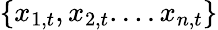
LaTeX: \{ x_{1,t},x_{2,t}....x_{n,t}\}